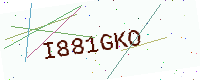
Text: I881GKO